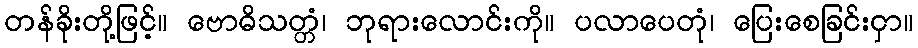
တန်ခိုးတို့ဖြင့်။ ဗောဓိသတ္တံ၊ ဘုရားလောင်းကို။ ပလာပေတုံ၊ ပြေးစေခြင်းငှာ။